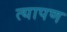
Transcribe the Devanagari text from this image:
त्यापण